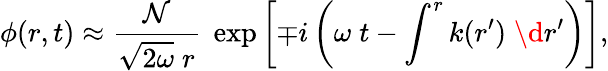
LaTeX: \phi(r,t)\approx{\frac{\cal N}{\sqrt{2\omega}\; r}}\; \exp\left[\mp i\left(\omega\; t-\int^{r}k(r^{\prime})\; \d r^{\prime}\right)\right],